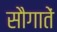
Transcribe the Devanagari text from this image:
सौगातें